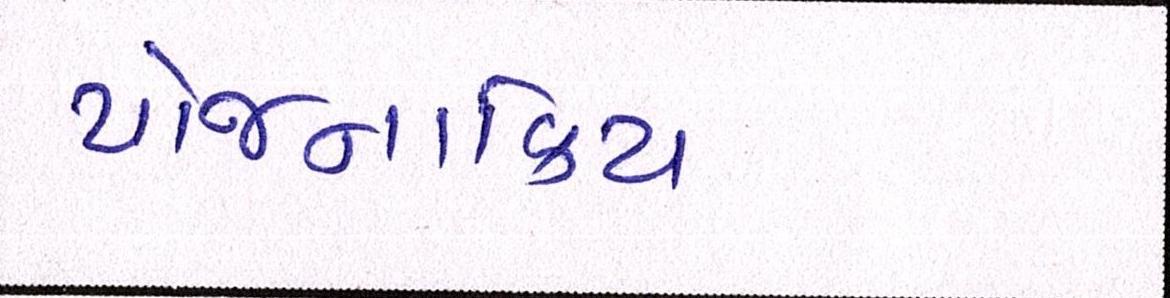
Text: યોજનાકિય